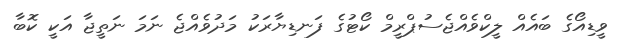
ވީޑިއޯގެ ބައެއް ލީކްވެއްޖެސުޕްރީމް ކޯޓުގެ ފަނޑިޔާރަކު މަދުވެއްޖެ ނަމަ ނަތީޖާ އަކީ ކޮބާ